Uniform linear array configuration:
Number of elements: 12
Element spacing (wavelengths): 0.75
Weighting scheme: exponential
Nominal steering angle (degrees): -30
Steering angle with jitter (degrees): -28.521
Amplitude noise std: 0.05
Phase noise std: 0.05

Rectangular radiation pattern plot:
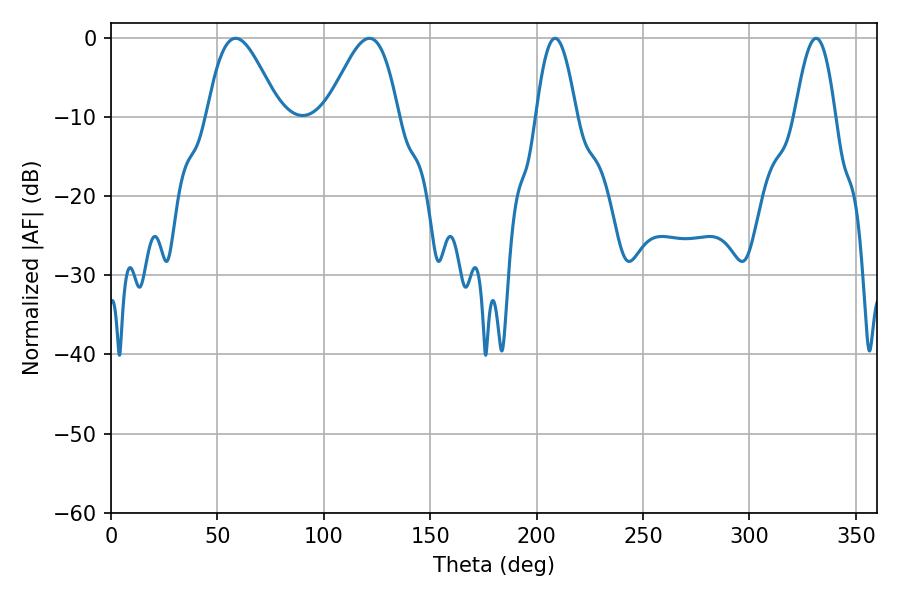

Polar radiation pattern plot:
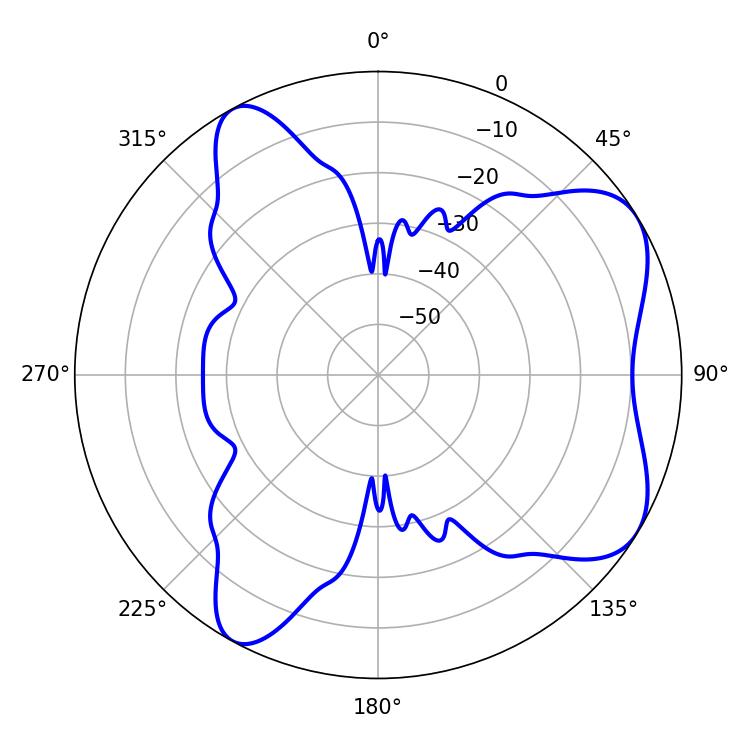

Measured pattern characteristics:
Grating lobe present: TRUE
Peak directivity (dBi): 6.572
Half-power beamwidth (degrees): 18
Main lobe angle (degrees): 58.5